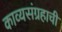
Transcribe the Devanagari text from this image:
काव्यसंग्रहाची